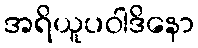
အရိယူပဝါဒိနော